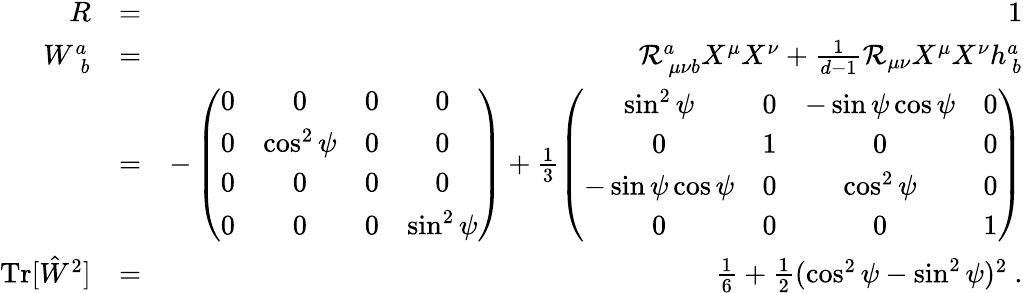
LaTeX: \begin{array}{rlr}{R}&{=}&{1}\\ {W_{\ \, b}^{a}}&{=}&{\mathcal{R}_{\ \mu\nu b}^{a}X^{\mu}X^{\nu}+\frac{1}{d-1}\mathcal{R}_{\mu\nu}X^{\mu}X^{\nu}h_{\ b}^{a}}\\ &{=}&{-\left(\begin{array}{cccc}{0}&{0}&{0}&{0}\\ {0}&{\cos^{2}\psi}&{0}&{0}\\ {0}&{0}&{0}&{0}\\ {0}&{0}&{0}&{\sin^{2}\psi}\end{array}\right)+\frac{1}{3}\left(\begin{array}{cccc}{\sin^{2}\psi}&{0}&{-\sin\psi\cos\psi}&{0}\\ {0}&{1}&{0}&{0}\\ {-\sin\psi\cos\psi}&{0}&{\cos^{2}\psi}&{0}\\ {0}&{0}&{0}&{1}\end{array}\right)}\\ {\textrm{Tr}[\hat{W}^{2}]}&{=}&{\frac{1}{6}+\frac{1}{2}(\cos^{2}\psi-\sin^{2}\psi)^{2}\ .}\end{array}